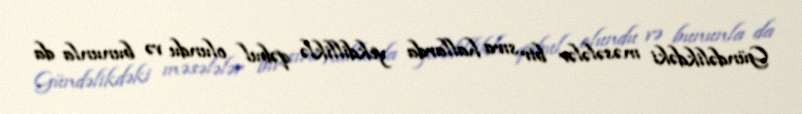
Gündəlikdəki məsələlər bir sıra hallarda yekdilliklə qəbul olundu və bununla da